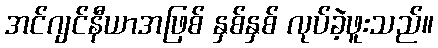
အင်ဂျင်နီယာအဖြစ် နှစ်နှစ် လုပ်ခဲ့ဖူးသည်။